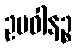
ဥပဝါနဉ္စ